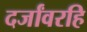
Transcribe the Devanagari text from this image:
दर्जांवरहि